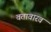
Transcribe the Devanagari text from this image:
वतावारव